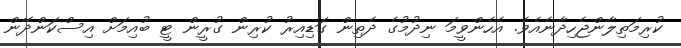
ކުރިމަތިލާންޖެހިދާނެއެވެ. އެހެންވީމަ ނިދުމުގެ ދެތިން ގަޑިއިރު ކުރިން ގުރީން ޓީ ބުއިމަށް އިސްކަންދޭން